system: You are a helpful assistant.
user:
Analyze the provided spectrum to determine if it is a **S-type Star**.

- **Key Indicators for S-type Star:**

    - **(Overall Spectrum Shape):** The first and most obvious characteristic is the overall continuum (the "baseline" shape). It is **extremely "red-sloping,"** meaning the flux (light intensity) is very low on the left side (blue, ~4000-4500 Å) and rises steeply and continuously toward the right side (red, ~7000 Å+).

    - **(Primary):** The spectrum is defined by the presence of strong, broad molecular absorption "valleys" (bands) from **Zirconium Oxide (ZrO)**. The identification of these bands is the **primary requirement** for classifying a star as S-type.
        - **(Key Bandheads):** You must find distinct, deep "dips" where the light has been absorbed. The most critical band systems to locate are:
            - **~6474 Å** ($\gamma$-system): This is often the strongest and clearest ZrO feature, found in the red part of the spectrum.
            - **~5718 Å** & **~5551 Å** ($\beta$-system): A pair of prominent absorption features in the yellow-orange part of the spectrum.
            - **~4640 Å** ($\alpha$-system): A key absorption band system in the blue-green region of the spectrum.

    - **(Secondary Confirmation):** The classification is strengthened by finding additional absorption bands from other related heavy element oxides, which are expected to be present alongside ZrO.
        - **(Key Bandheads):**
            - **Yttrium Oxide (YO):** Look for absorption dips near **~4800 Å** and **~6100 Å**.
            - **Lanthanum Oxide (LaO):** Additional absorption features, particularly in the red-orange part of the spectrum, are also characteristic.

    - **(Line Profile):** The combination of the steep red continuum and these numerous, deep molecular bands (ZrO, YO, etc.) gives the entire spectrum a very **"chopped-up"** or **"bumpy"** appearance. Instead of a smooth curve, the spectrum looks as though large, wide chunks of light have been "carved out" of it at the specific wavelengths listed above.

Think first, call **spectral_visualization_tool** if needed to examine features in detail, then provide your final answer. Your response must adhere to the following strict rules:
1.  **Overall Structure:** Your response must follow the format `<think>...</think> <tool_call>...</tool_call> (if a tool is used) <answer>...</answer>`.
2.  **Tool Usage Constraint:** You may only make **one** tool call per turn.
3.  **Final Answer Format:** In the `<answer>` tag, your conclusion must be inside a `\boxed{}` command (e.g., `\boxed{YES}` or `\boxed{NO}`), followed by your justification.

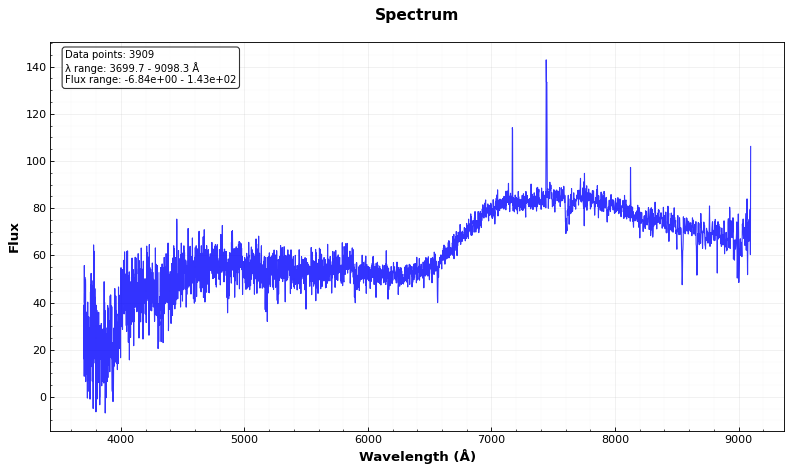
Answer: NO